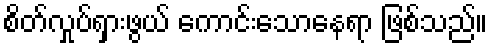
စိတ်လှုပ်ရှားဖွယ် ကောင်းသောနေရာ ဖြစ်သည်။